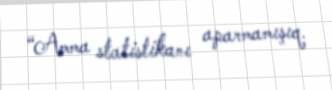
“Amma statistikanı aparmamışıq.